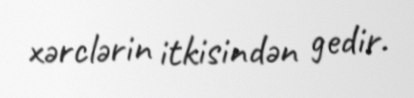
xərclərin itkisindən gedir.